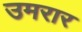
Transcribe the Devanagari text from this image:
उमरार